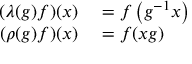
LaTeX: \begin{array} { r l } { ( \lambda ( g ) f ) ( x ) } & { { } = f \left( g ^ { - 1 } x \right) } \\ { ( \rho ( g ) f ) ( x ) } & { { } = f ( x g ) } \end{array}